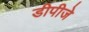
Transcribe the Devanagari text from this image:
डीपीजे